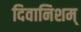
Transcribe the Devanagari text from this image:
दिवानिशम्